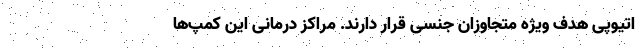
اتیوپی هدف ویژه متجاوزان جنسی قرار دارند. مراکز درمانی این کمپ‌ها